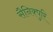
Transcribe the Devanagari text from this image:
सैनिक्पुरि